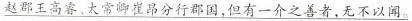
\underline{赵郡王高睿、太常卿崔昂分行郡国，但有一介之善者，无不以闻。}